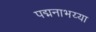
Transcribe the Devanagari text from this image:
पद्मनाभय्या